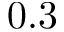
0 . 3